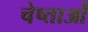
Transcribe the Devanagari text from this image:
चेष्ताओं